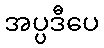
အပ္ပဒီပေ